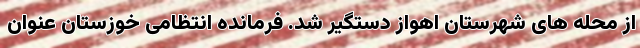
از محله های شهرستان اهواز دستگیر شد. فرمانده انتظامی خوزستان عنوان